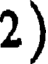
2)